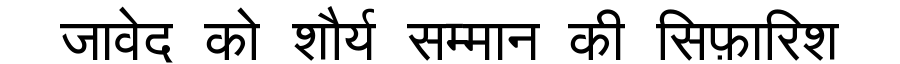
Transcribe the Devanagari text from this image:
जावेद को शौर्य सम्मान की सिफ़ारिश